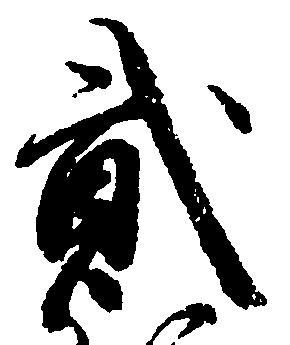
弐